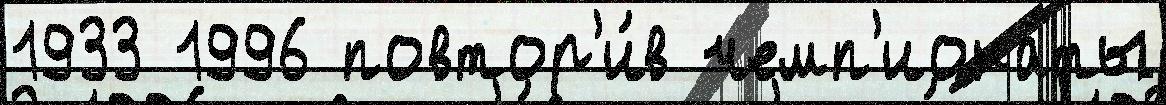
1933 1996 повтор'и́в чемп'иона́ты